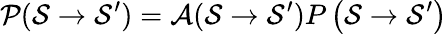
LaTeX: \mathcal{P}(\mathcal{S}\rightarrow\mathcal{S}^{\prime})=\mathcal{A}(\mathcal{S}\rightarrow\mathcal{S}^{\prime})P\left(\mathcal{S}\rightarrow\mathcal{S}^{\prime}\right)